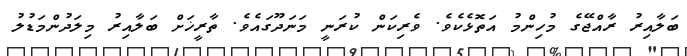
ބަލާއިރު ރާއްޖޭގެ މުހިންމު އަތޮޅެކެވެ. ވެރިކަން ކުރަނީ މަނަދޫގައެވެ. ތާރީޚަށް ބަލާއިރު މިލަދުންމަޑުލު